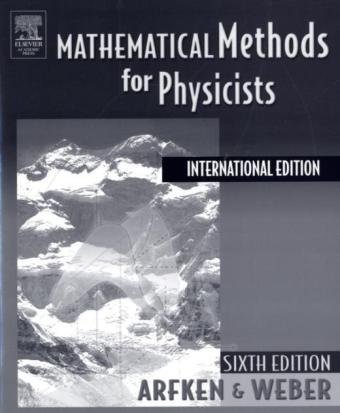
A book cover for Mathematical Methods For Physicists International Student Edition, Sixth Edition; George B. Arfken; Science & Math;